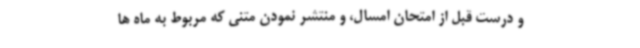
و درست قبل از امتحان امسال، و منتشر نمودن متنی که مربوط به ماه ها